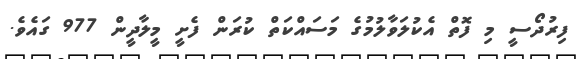
ފިރުދޯސީ މި ފޮތް އެކުލަވާލުމުގެ މަސައްކަތް ކުރަން ފެށީ މީލާދީން 977 ގައެވެ.